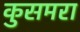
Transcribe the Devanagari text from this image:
कुसमरा